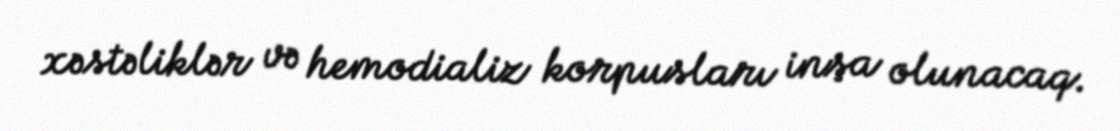
xəstəliklər və hemodializ korpusları inşa olunacaq.